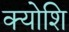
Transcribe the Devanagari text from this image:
क्योशि